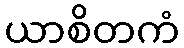
ယာစိတကံ